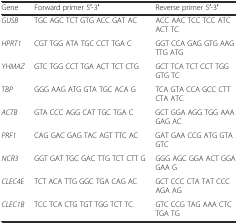
<table><thead><tr><td><b>Gene</b></td><td><b>Forward primer 5′-3′</b></td><td><b>Reverse primer 5′-3′</b></td></tr></thead><tbody><tr><td><i>GUSB</i></td><td>TGC AGC TCT GTG ACC GAT AC</td><td>ACC AAC TCC TCC ATC ACT TC</td></tr><tr><td><i>HPRT1</i></td><td>CGT TGG ATA TGC CCT TGA C</td><td>GGT CCA GAG GTG AAG TTG ATG</td></tr><tr><td><i>YHMAZ</i></td><td>GTC TGG CCT TGA ACT TCT CTG</td><td>GCT TCA TCT CCT TGG GTG TC</td></tr><tr><td><i>TBP</i></td><td>GGG AAG ATG GTA TGC ACA G</td><td>TCA GTA CCA GCC CTT CTA ATC</td></tr><tr><td><i>ACTB</i></td><td>GTA CCC AGG CAT TGC TGA C</td><td>GCT GGA AGG TGG AAA GAG AC</td></tr><tr><td><i>PRF1</i></td><td>CAG GAC GAG TAC AGT TTC AC</td><td>GAT GAA CCG ATG GTA GTC</td></tr><tr><td><i>NCR3</i></td><td>GGT GAT TGC GAC TTG TCT CTT G</td><td>GGG AGC GGA ACT GGA GAA G</td></tr><tr><td><i>CLEC4E</i></td><td>TCT ACA TTG GGC TGA CAG AC</td><td>GCT CCC CTA TAT CCC AGA AG</td></tr><tr><td><i>CLEC1B</i></td><td>TCC TCA CTG TGT TGG TCT TC</td><td>GTC CCG TAG AAA CTC TGA TG</td></tr></tbody></table>